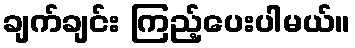
ချက်ချင်း ကြည့်ပေးပါမယ်။